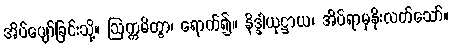
အိပ်ပျော်ခြင်းသို့။ ဩက္ကမိတွာ၊ ရောက်၍။ နိဒ္ဒါယုဋ္ဌာယ၊ အိပ်ရာမှနိုးလတ်သော်။